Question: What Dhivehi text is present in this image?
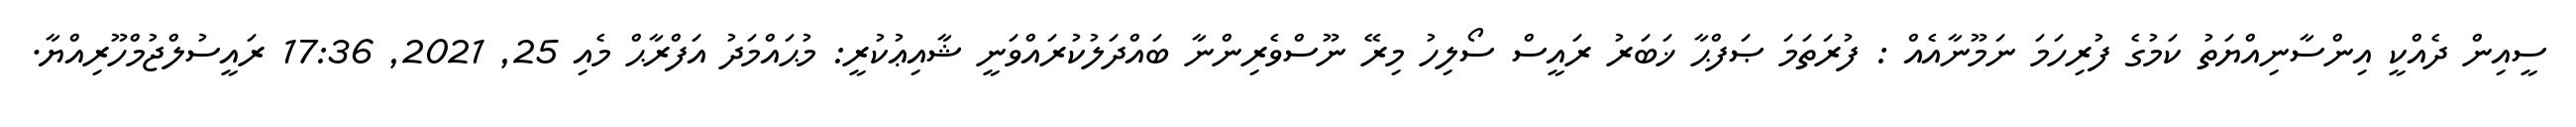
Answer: ސީއިން ދެއްކީ އިންސާނިއްޔަތު ކަމުގެ ފުރިހަމަ ނަމޫނާއެއް : ފުރަތަމަ ޞަފްޙާ ޚަބަރު ރައީސް ސޯލިހު މިރޭ ނޫސްވެރިންނާ ބައްދަލުކުރައްވަނީ ޝާއިޢުކުރީ: މުޙައްމަދު އަފްރާޙް މެއި 25, 2021, 17:36 ރައީސުލްޖުމްހޫރިއްޔާ.